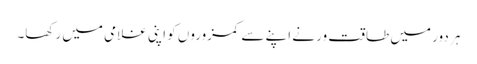
ہر دور میں طاقت ور نے اپنے سے کمزوروں کو اپنی غلامی میں رکھا۔